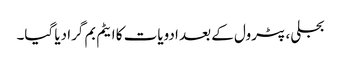
بجلی، پٹرول کے بعد ادویات کا ایٹم بم گرا دیا گیا۔